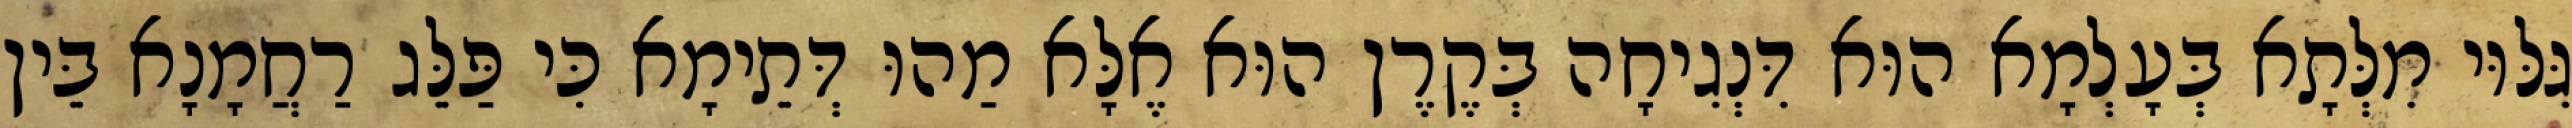
גִּלּוּי מִלְּתָא בְּעָלְמָא הוּא דִּנְגִיחָה בְּקֶרֶן הוּא אֶלָּא מַהוּ דְּתֵימָא כִּי פַּלֵּג רַחֲמָנָא בֵּין